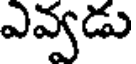
ఎవ్వడు